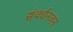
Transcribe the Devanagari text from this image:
संवर्धनजन